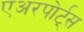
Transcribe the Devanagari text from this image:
एअरपोर्ट्‌स